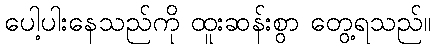
ပေါ့ပါးနေသည်ကို ထူးဆန်းစွာ တွေ့ရသည်။